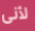
لأنى